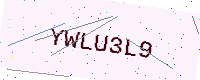
Text: YWLU3L9